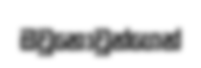
ඔවුනොවුන්ගෙන්